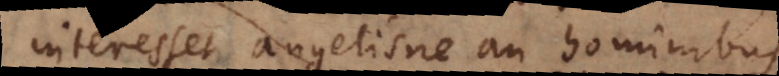
interesset angelisne an hominibus